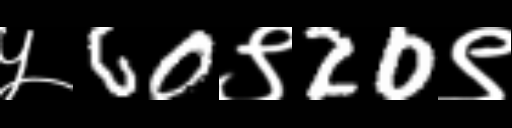
Text: ५60९20९